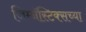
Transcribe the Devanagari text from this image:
जिम्नॅस्टिक्सच्या